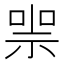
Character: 𠸱